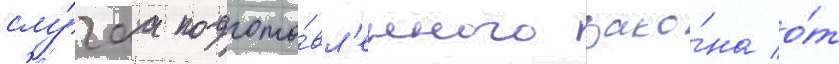
слу́чаа подгото́вл'енного зако́на о́т